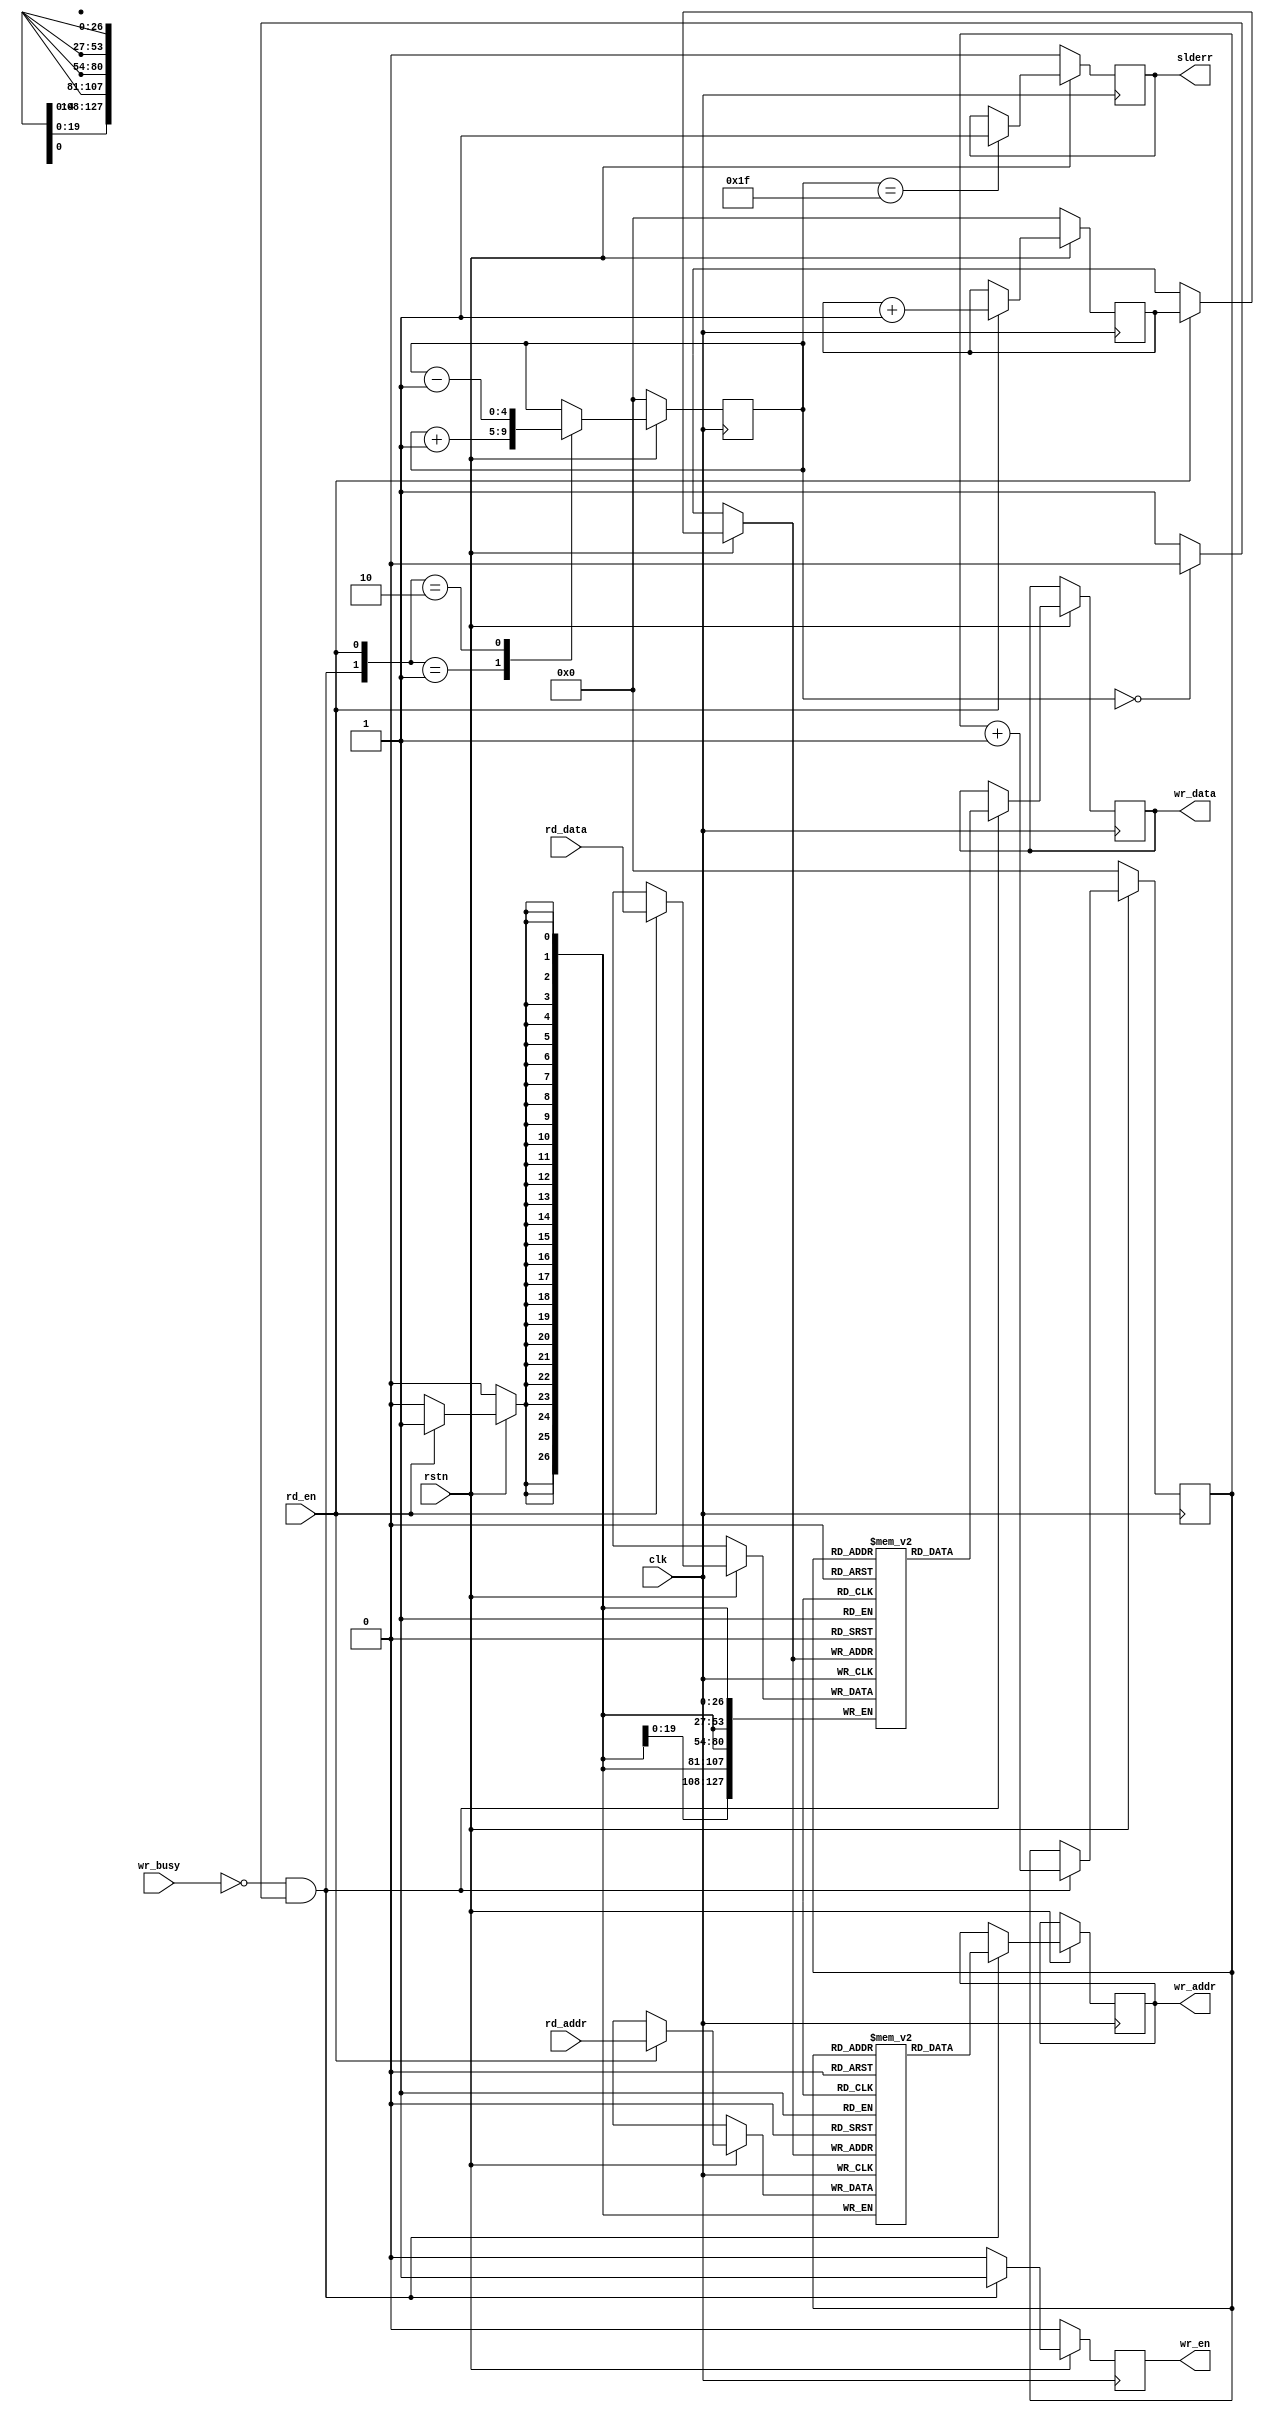
module fifo(
    input wire clk,
    input wire rstn,

    //fifo writes, fifo reads...
    //if (wr_fin & exist) wr_en will be asserted
    input wire wr_busy,
    output reg wr_en,
    output reg [26:0] wr_addr,
    output reg [127:0] wr_data,

    input wire [26:0] rd_addr,
    input wire [127:0] rd_data,
    input wire rd_en,
    
    output reg slderr
);

    wire exist;
    assign exist = (count == 5'b0)? 1'b0 : 1'b1;

    reg [26:0] addr_ram [31:0];
    reg [127:0] data_ram [31:0];
    reg [4:0] count;
    reg [4:0] rd_num, wr_num;
    
    always @(posedge clk) begin
        if(~rstn) begin
            rd_num <= 5'b0;
        end else if(rd_en) begin
            addr_ram[rd_num] <= rd_addr;
            data_ram[rd_num] <= rd_data;
            rd_num <= rd_num + 1'b1;
        end
    end

    always @(posedge clk) begin
        if(~rstn) begin
            wr_num <= 5'b0;
            wr_en <= 1'b0;
        end else if(~wr_busy & exist) begin
            wr_addr <= addr_ram[wr_num];
            wr_data <= data_ram[wr_num];
            wr_en <= 1'b1;
            wr_num <= wr_num + 1'b1;
        end else begin
            wr_en <= 1'b0;
        end
    end

    always @(posedge clk) begin
        if(~rstn) begin
            count <= 5'b0;
            slderr <= 1'b0;
        end else begin
            case({(~wr_busy & exist),rd_en})
                2'b01: count <= count + 1'b1;
                2'b10: count <= count - 5'b1;
                default: count <= count;
            endcase
            if(count == 5'd31) begin
                slderr <= 1'b1;
            end
        end
    end

endmodule